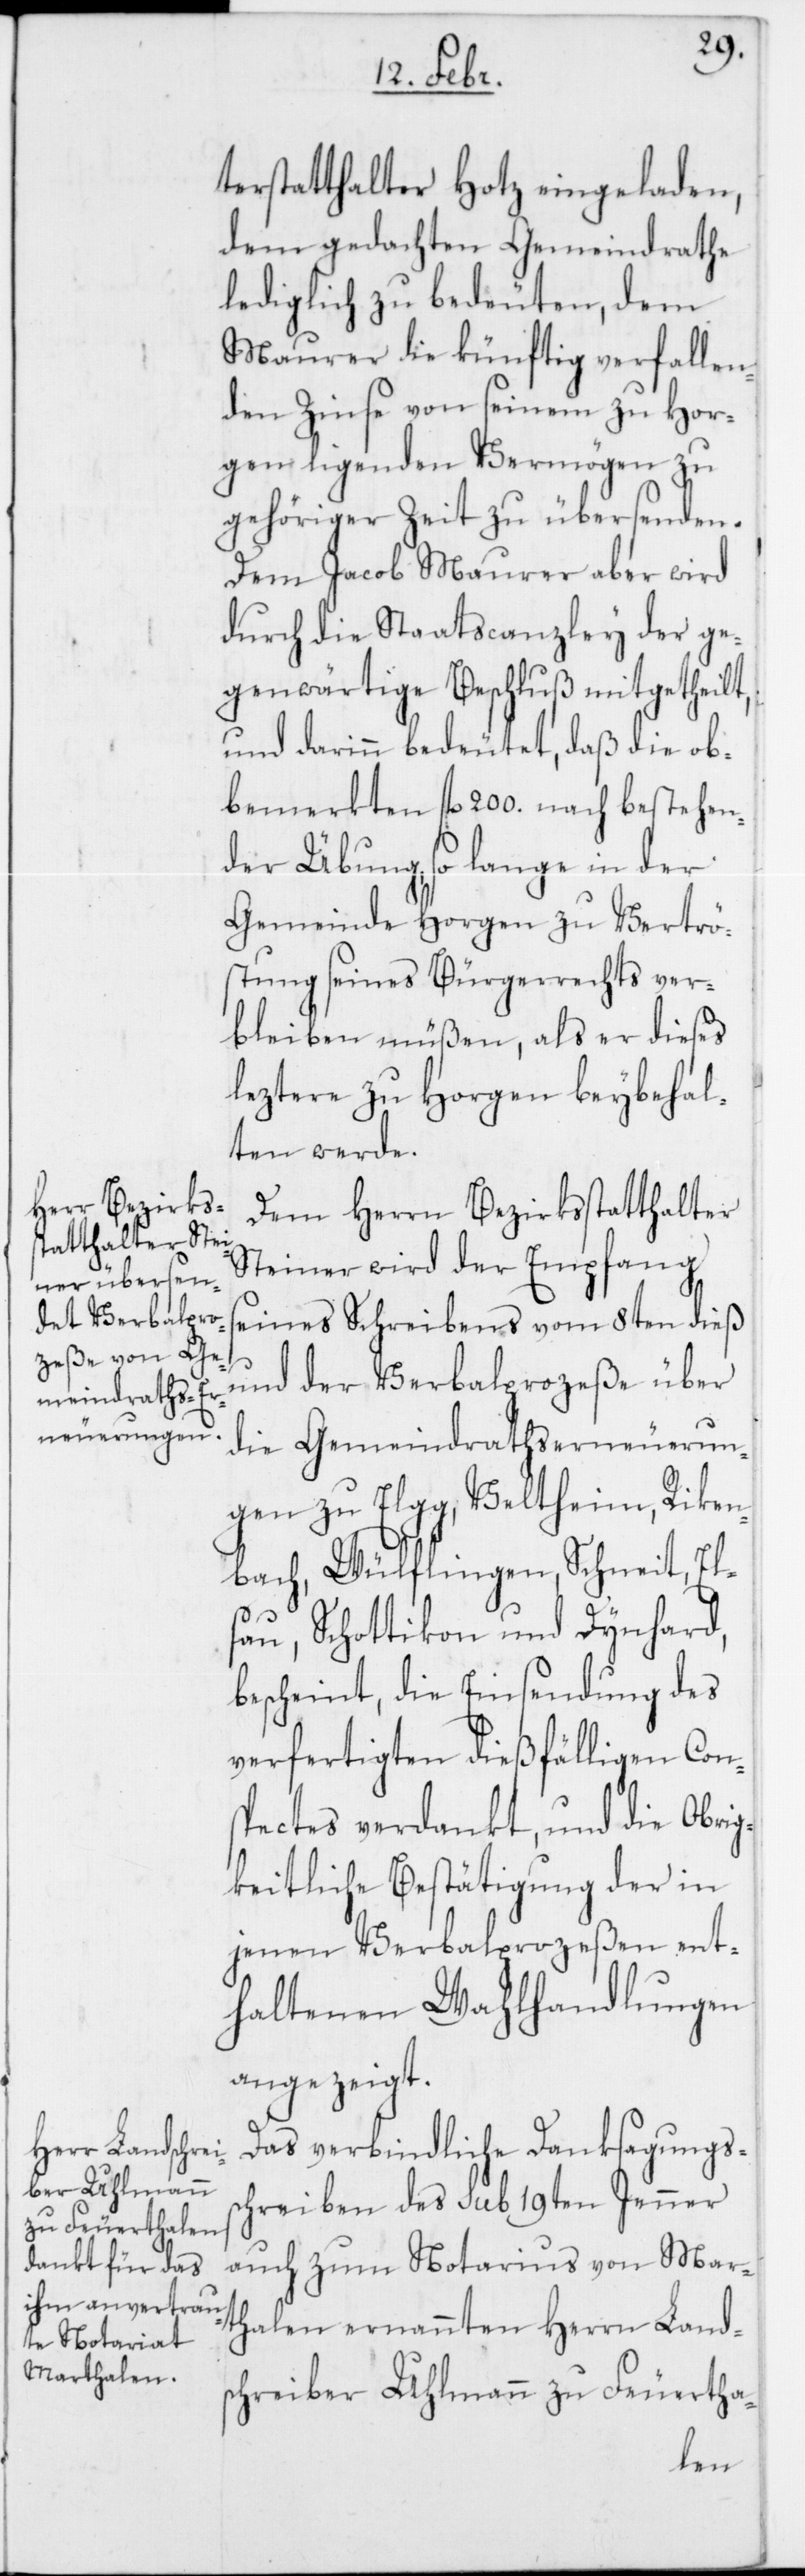
terstatthalter Hotz eingeladen,
dem gedachten Gemeindrathe
lediglich zu bedeuten, dem
Maurer die künftige verfallen¬
den Zinse von seinem zu Hor¬
gen ligenden Vermögen zu
gehöriger Zeit zu übersenden.
Dem Jacob Maurer aber wird
durch die Staatscanzley der ge¬
genwärtige Beschluß mitgetheilt,
und darinn bedeutet, daß die ob¬
bemerkten fl. 200. nach bestehen¬
der Übung, so lange in der
Gemeinde Horgen zu Vertrö¬
stung seines Bürgerrechts ver¬
bleiben müßen, als er dieses
leztere zu Horgen beybehal¬
ten werde.
Dem Herrn Bezirksstatthalter
Steiner wird der Empfang
seines Schreibens vom 8ten dieß
und der Verbalprozeße über
die Gemeindrathserneuerun¬
gen zu Elgg, Veltheim, Rike¬
nbach, Wülflingen, Schneit, El¬
sau, Schottikon und Dynhard,
bescheint, die Einsendung des
verfertigten dießfälligen Con¬
spectes verdankt, und die Obrig¬
keitliche Bestätigung der in
jenen Verbalprozeßen ent¬
haltenen Wahlhandlungen
angezeigt.
Das verbindliche Danksagungss¬
chreiben des sub 19ten Jenner
auch zum Notarius von Mart¬
halen ernannten Herrn Lands¬
chreiber Uhlmann zu Feuertha-